Indian journal of veterinary science and animal husbandry - Volume 9,
Year: 1939
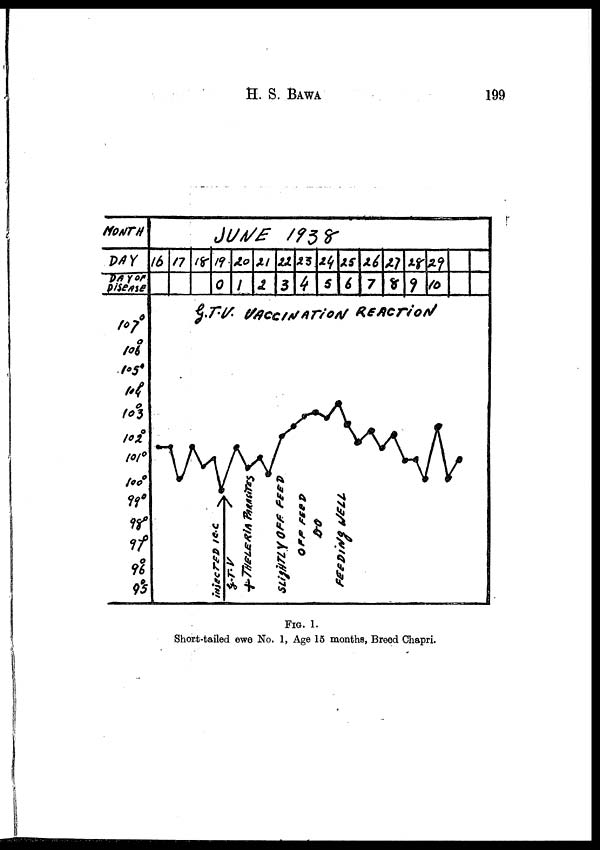
H. S.
BAWA
199
FIG. 1.
Short-tailed ewe No. 1, Age 15 months, Breed Chapri.